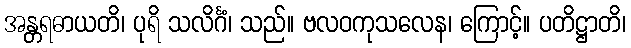
အန္တရဓာယတိ၊ ပုရိ သလိင်္ဂံ၊ သည်။ ဗလဝကုသလေန၊ ကြောင့်။ ပတိဋ္ဌာတိ၊